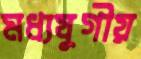
মধ্যযুগীয়